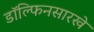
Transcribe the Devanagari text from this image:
डॉल्फिनसारखे